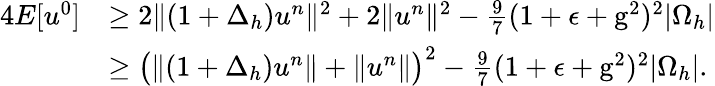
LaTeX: \begin{array}{rl}{4E[u^{0}]}&{\ge 2\| (1+\Delta_{h})u^{n}\| ^{2}+2\| u^{n}\| ^{2}-\frac{9}{7}(1+\epsilon+\mathrm{g}^{2})^{2}|\Omega_{h}|}\\ &{\ge\big(\| (1+\Delta_{h})u^{n}\| +\| u^{n}\| \big)^{2}-\frac{9}{7}(1+\epsilon+\mathrm{g}^{2})^{2}|\Omega_{h}|.}\end{array}